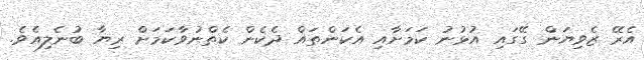
އެރޭ ޒެވިޔަން ގޭގައި އުޅުނު ކަމަށާއި އެކަންތައް ދެކެން ކެތްނުވާކަމަށް ރިޔާ ބުނެލިއެވެ.